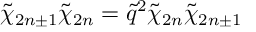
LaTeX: \tilde { \chi } _ { 2 n \pm 1 } \tilde { \chi } _ { 2 n } = \tilde { q } ^ { 2 } \tilde { \chi } _ { 2 n } \tilde { \chi } _ { 2 n \pm 1 }